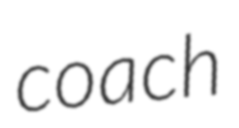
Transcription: coach